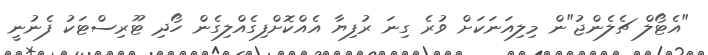
"އެޓޯލް ޗެލެންޖު"ން މިލިއަނަކަށް ވުރެ ގިނަ ރުފިޔާ އެއްކޮށްފިގެއްލިގެން ހޯދި ޓޫރިސްޓަކު ފެނުނީ